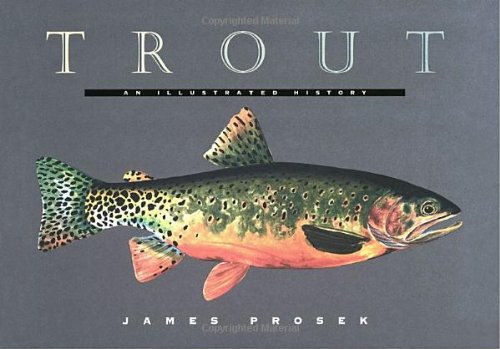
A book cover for Trout: An Illustrated History; James Prosek; Sports & Outdoors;